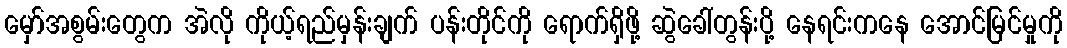
မှော်အစွမ်းတွေက အဲလို ကိုယ့်ရည်မှန်းချက် ပန်းတိုင်ကို ရောက်ရှိဖို့ ဆွဲခေါ်တွန်းပို့ နေရင်းကနေ အောင်မြင်မှုကို